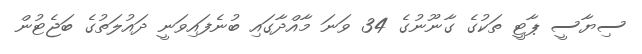
ސިޔާސީ ޕާޓީ ތަކުގެ ގާނޫނުގެ 34 ވަނަ މާއްދާގައި ބުނެފައިވަނީ ދައުލަތުގެ ބަޖެޓުން